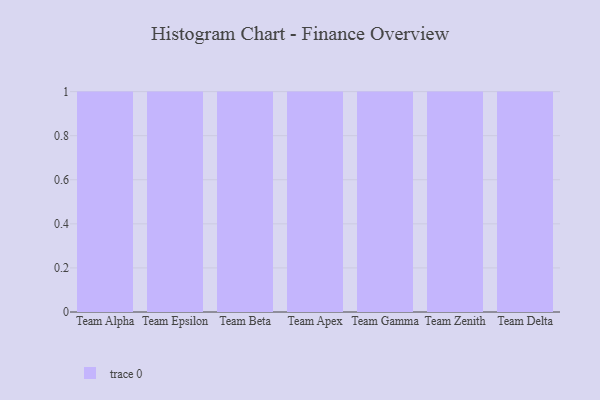
{"axis": {"x": "Team", "y": "Population (Million)"}, "legend": [""], "data": [{"x": "Team Alpha", "y": 26, "type": ""}, {"x": "Team Epsilon", "y": 13, "type": ""}, {"x": "Team Beta", "y": 5, "type": ""}, {"x": "Team Apex", "y": 68, "type": ""}, {"x": "Team Gamma", "y": 80, "type": ""}, {"x": "Team Zenith", "y": 33, "type": ""}, {"x": "Team Delta", "y": 70, "type": ""}]}